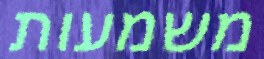
משמעות